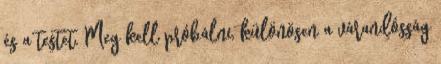
és a testet. Meg kell próbálni, különösen a várandósság